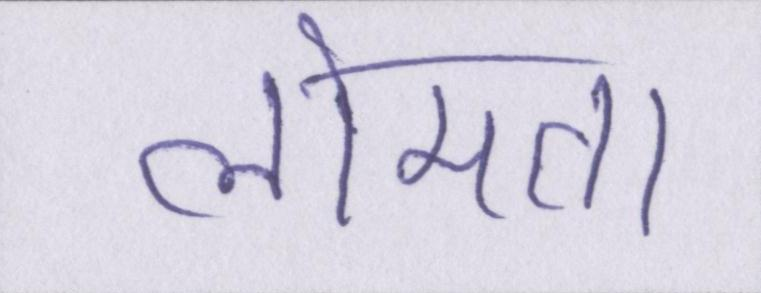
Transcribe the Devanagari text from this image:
लोमता